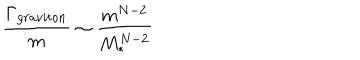
LaTeX: \frac { \Gamma _ { g r a v i t o n } } { m } \sim \frac { m ^ { N - 2 } } { M _ { * } ^ { N - 2 } }